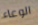
الوعاء